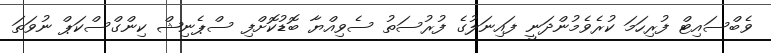
ވެބްސައިޓް ފުރިހަމަ ކުރެވެމުންދަނީ ފައިނަލުގެ ފުރުސަތު ސެވިއްޔާ ބޮޑުކޮށްފި ސްޕެނިޝް ކިންގްސްކަޕް ނުވަތަ